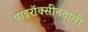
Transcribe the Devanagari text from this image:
पाइरॉक्सीनवाली